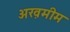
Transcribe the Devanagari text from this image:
अख़मीम